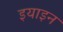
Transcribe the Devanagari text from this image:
इयाइन